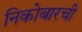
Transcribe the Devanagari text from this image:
निकोबारची